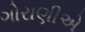
ગોરાણીએ